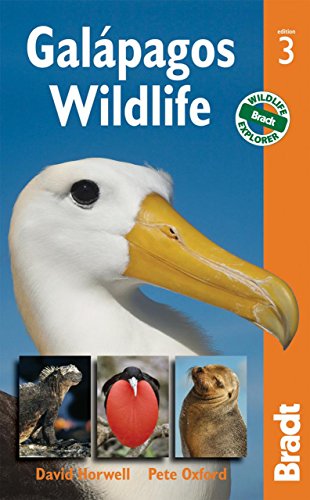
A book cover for Galapagos Wildlife (Bradt Travel Guide. Galapagos Wildlife); David Horwell; Sports & Outdoors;